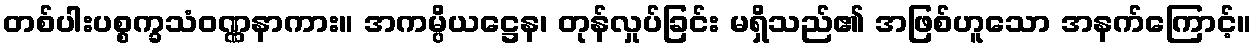
တစ်ပါးပစ္စက္ခသံဝဏ္ဏနာကား။ အကမ္ပိယဋ္ဌေန၊ တုန်လှုပ်ခြင်း မရှိသည်၏ အဖြစ်ဟူသော အနက်ကြောင့်။